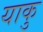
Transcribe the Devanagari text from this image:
याकु